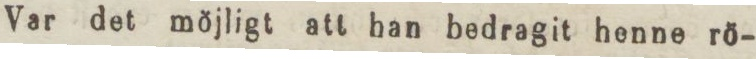
Var det möjligt att han bedragit henne rö-